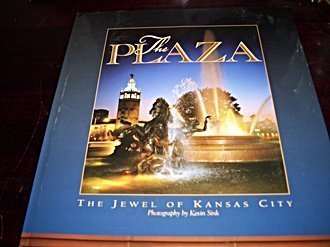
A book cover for The Plaza: The Jewel of Kansas City; Kevin Sink; Travel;